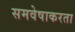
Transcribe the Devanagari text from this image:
समवेषाकरता